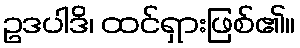
ဥဒပါဒိ၊ ထင်ရှားဖြစ်၏။